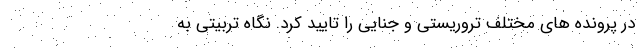
در پرونده های مختلف تروریستی و جنایی را تایید کرد. نگاه تربیتی به